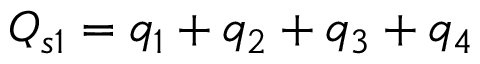
Q _ { s 1 } = q _ { 1 } + q _ { 2 } + q _ { 3 } + q _ { 4 }